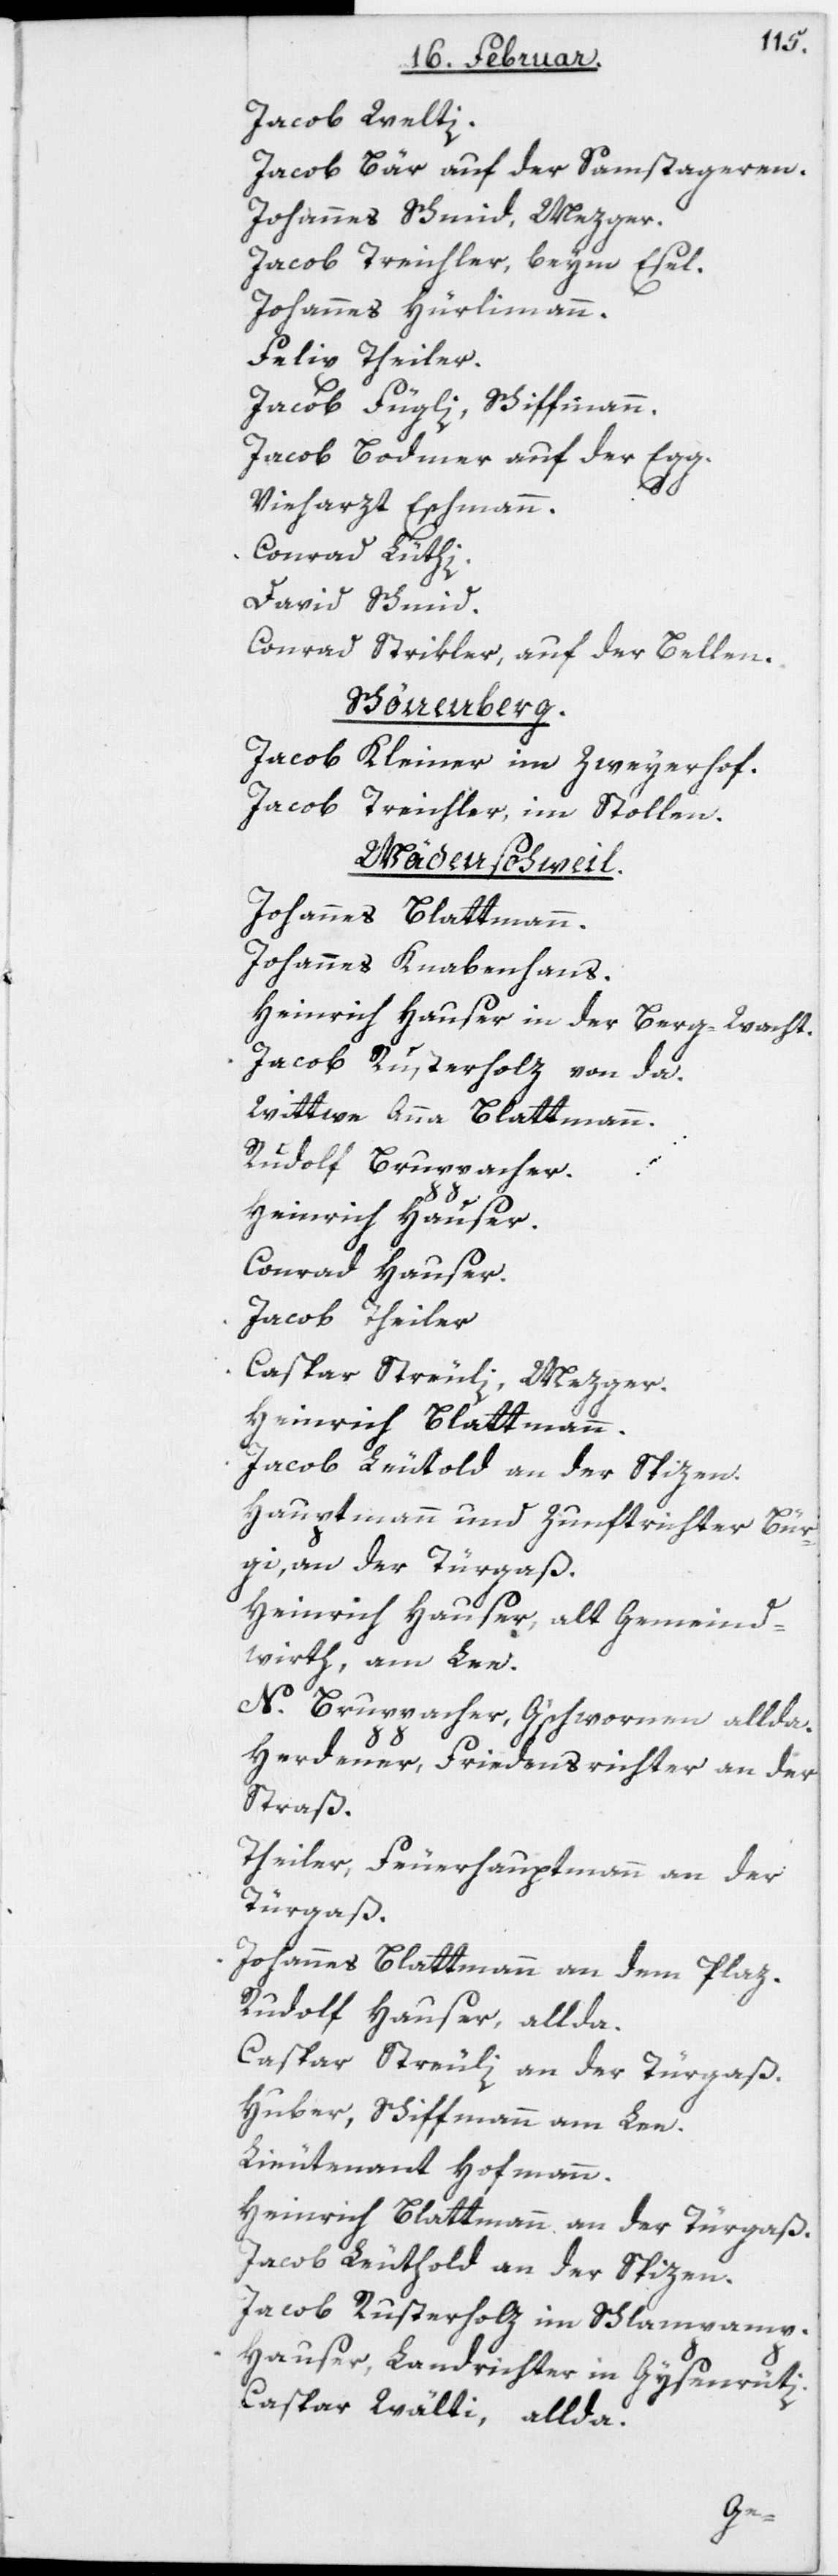
Jacob Welti.
Jacob Bär auf der Samstageren.
Johannes Schmid, Mezger.
Jacob Treichler, beym Esel.
Johannes Hürlimann.
Felix Theiler.
Jacob Fügli, Schiffmann.
Jacob Bodmer auf der Egg.
Vieharzt Eschmann.
Conrad Lüthi.
David Schmid.
Conrad Strikler, auf der Bellen.
Schönenberg.
Jacob Kleiner im Zweyerhof.
Jacob Treichler, im Stollen.
Wädenschweil.
Johannes Blattmann.
Johannes Knabenhans.
Heinrich Hauser in der Berg-Wacht.
Jacob Rusterholz von da.
Wittwe Anna Blattmann.
Rudolf Bruppacher.
Heinrich Hauser.
Conrad Hauser.
Jacob Theiler.
Caspar Streuli, Mezger.
Heinrich Blattmann.
Hauptmann und Zunftrichter Bür¬
gi, an der Türgaß.
Heinrich Hauser, alt Gemeind¬
wirth, am See.
N. Bruppacher, G‘schwornen allda.
Herdener, Friedensrichter an der
Straß.
Theiler, Feuerhauptmann, an der
Türgaß.
Johannes Blattmann an dem Plaz.
Rudolf Hauser, allda.
Caspar Streuli, an der Türgaß.
Huber, Schiffmann am See.
Lieutenant Hofmann.
Heinrich Blattmann, an der Türgaß.
Jacob Leuthold, an der Spizen.
Jacob Rusterholz im Schlampamp.
Hauser, Landrichter in Gysenrüti.
Caspar Wälti, allda.